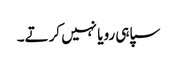
سپاہی رویا نہیں کرتے۔